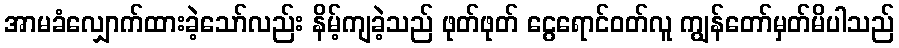
အာမခံလျှောက်ထားခဲ့သော်လည်း နိမ့်ကျခဲ့သည် ဖုတ်ဖုတ် ငွေရောင်ဝတ်လူ ကျွန်တော်မှတ်မိပါသည်